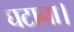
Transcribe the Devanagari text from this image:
घटाना।